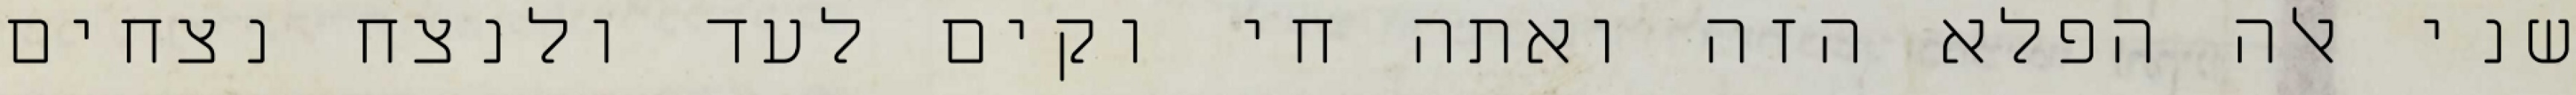
שני אלה הפלא הזה ואתה חי וקים לעד ולנצח נצחים